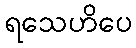
ရသေဟိပေ